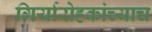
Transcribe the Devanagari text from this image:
गिर्यारोहकांच्याच